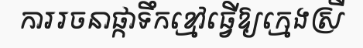
ការរចនាផ្កាទឹកខ្មៅធ្វើឱ្យក្មេងស្រី